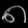
Digit: ၈